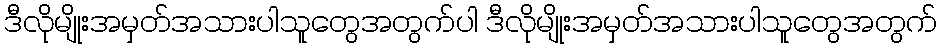
ဒီလိုမျိုးအမှတ်အသားပါသူတွေအတွက်ပါ ဒီလိုမျိုးအမှတ်အသားပါသူတွေအတွက်